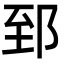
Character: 郅